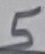
Text: 5